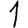
Digit: 1